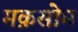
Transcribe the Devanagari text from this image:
मक़सोम